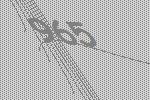
965